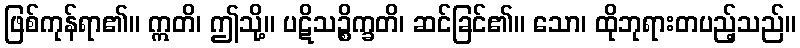
ဖြစ်ကုန်ရာ၏။ ဣတိ၊ ဤသို့။ ပဋိသဉ္စိက္ခတိ၊ ဆင်ခြင်၏။ သော၊ ထိုဘုရားတပည့်သည်။